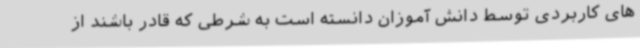
های کاربردی توسط دانش آموزان دانسته است به شرطی که قادر باشند از